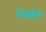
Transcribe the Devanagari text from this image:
रोसडेल